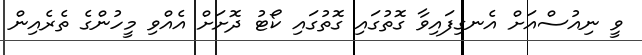
ވީ ނިއުސްއަށް އެނގިފައިވާ ގޮތުގައި ގޮތުގައި ކޯޓު ދޮށަށް އެއްވި މީހުންގެ ތެރެއިން